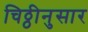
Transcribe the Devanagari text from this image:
चिठ्ठीनुसार